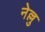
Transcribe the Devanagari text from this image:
नेल्लु